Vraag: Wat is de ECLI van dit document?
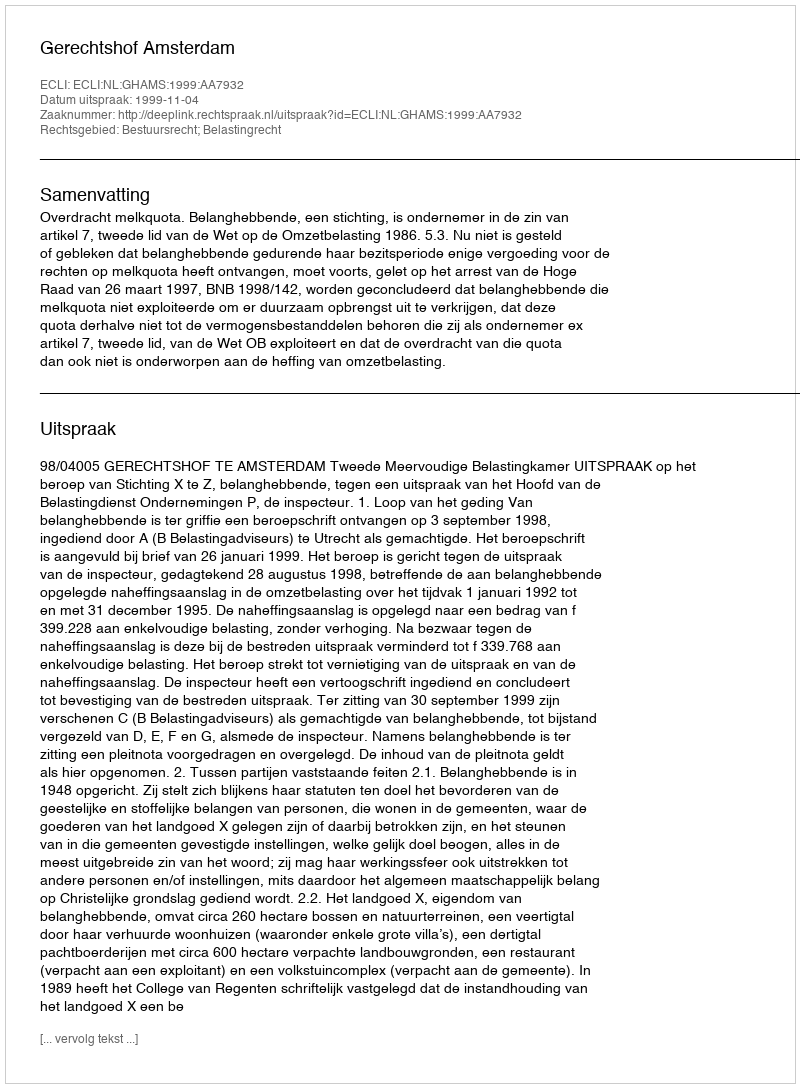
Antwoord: ECLI:NL:GHAMS:1999:AA7932